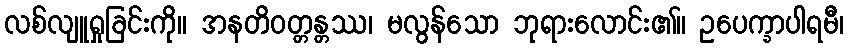
လစ်လျူရှုခြင်းကို။ အနတိဝတ္တန္တဿ၊ မလွန်သော ဘုရားလောင်း၏။ ဥပေက္ခာပါရမီ၊